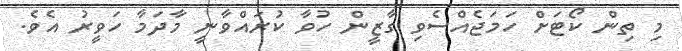
މި ތިން ކޯޓަށް ހަމަޖެއްސެވި ގާޒީން ހުވާ ކުރައްވާނީ މާދަމާ ހަވީރު އެވެ.